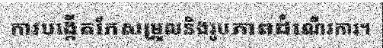
ការបង្កើតកែសម្រួលនិងរូបភាពដំណើរការ។